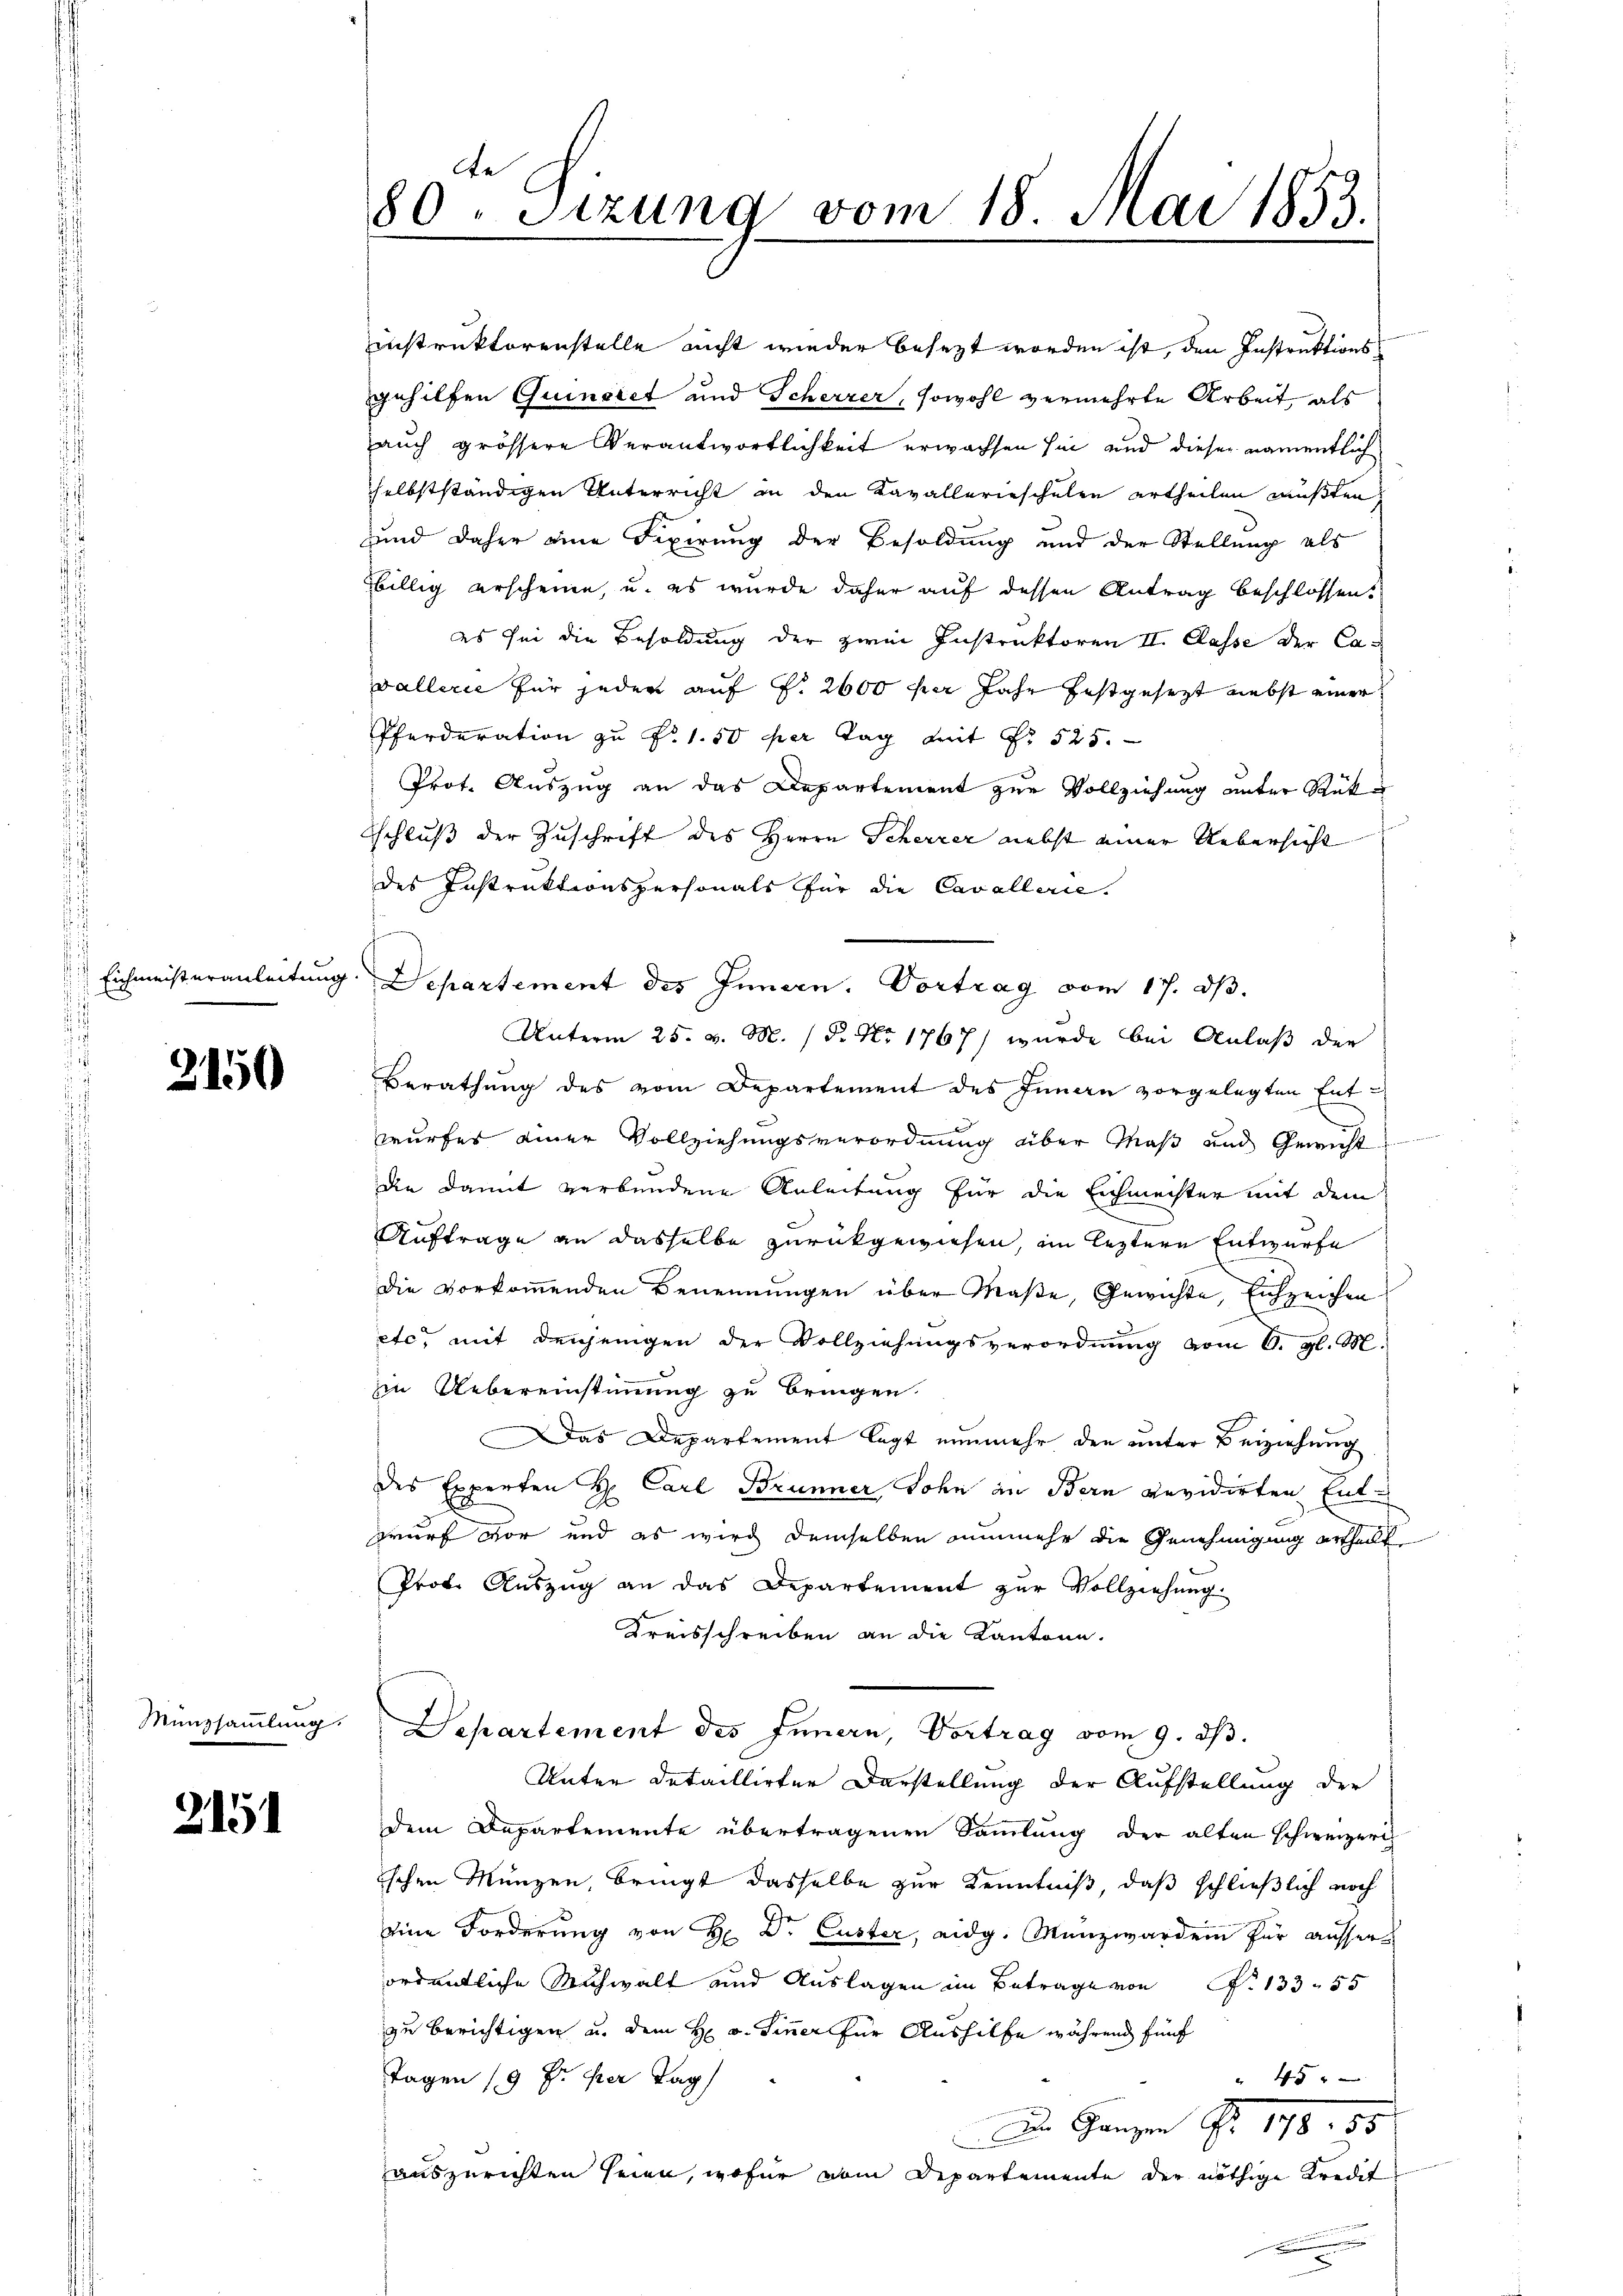
Eichmeisteranleitung

2150

Münzsammlung.

215

80. Sitzung vom 18. Mai 1853.

instruktorenstelle nicht wieder besezt worden ist, den Instruktionsgehilfen Quinolet und Scherzer, sowohl vermehrte Arbeit, als
auch grössere Verantwortlichkeit erwachsen hin und dieser namentlich
selbstständigen Unterricht in den Kavallerieschulen ertheilen mußten,
und daher eine Fixirung der Besoldung und der Stellung als
billig erscheine, u. es wurde daher auf dessen Antrag beschlossen.
es sei die Besoldung der zwei Instruktoren II. Classe der Cavallerie für jeder auf §. 2600 für Jahr festgesezt nebst einer
Pferderation zu P. 1.50 per Tag mit No 525.
Prot. Auszug an das Departement zur Vollziehung unter Rüksschluß der Zuschrift des Herrn Scherrer nebst einer Uebersicht
des Instruktionspersonals für die Cavallerie.
fung
Departement des Innern. Vortrag vom 17. dβ.
Unterm 25. v. M. 18. No 1767) wurde bei Anlaß der
Berathŭng des vom Departement des Innau vorgelegten Ent-
wurfes einer Vollziehungsverordnung über Maß und Gericht
die damit verbundene Anleitung für die Eichmechter mit dem
Auftrage an dasselbe zurückgewiesen, im leztere Entwurfe
Die vorkommenden Benennungen über Maße, Gewichte, Eichzeichen
etc. mit denjenigen der Vollziehungsverordnung vom 6. gl. M.
in Uebereinstimmung zu bringen.
Das Departement legt nunmehr den unter Beiziehung
des Experten H. Carl Brunner Sohn in Bern revidirten Entwurf vor und es wird demselben nunmehr die Genehmigung ertheilt
Prof. Auszug an das Departement zur Vollziehung
Kreisschreiben an die Kantone.
Departement des Innern, Vortrag vom 9. ds.
Unter Detaillirter Darstellung der Aufstellung der
dem Departemente übertragenen Sammlung der alten Schweizerich
schen Münzen, bringt dasselbe zur Kenntniß, daß schließlich noch
eine Forderung von H. Dr. Custer, eidg. Manzwarden für ausser
ordentliche Mihwalt und Auslagen im Betrage von N. 133 55
zu berichtigen u. dem H. v. Sinner für Aushilfe während fünf
Tagen (9 Fr. per Tag
4 x
Die Ganzen Fr. 198
auszurichten seien, wofür vom Departemente der nöthige Kredit
n